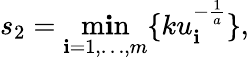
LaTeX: s_{2}=\operatorname*{m\mathbf{i}n}_{\mathbf{i}=1,\ldots,m}\{ ku_{\mathbf{i}}^{-{\frac{{1}}{{a}}}}\} ,